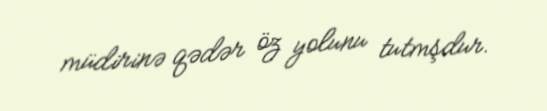
müdirinə qədər öz yolunu tutmşdur.